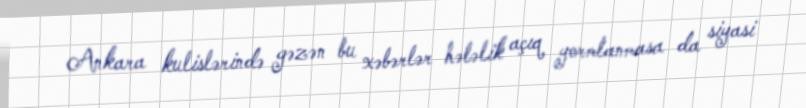
Ankara kulislərində gəzən bu xəbərlər hələlik açıq yormlanmasa da siyasi